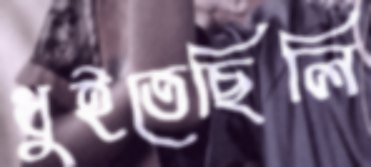
ধুইতেছিলি